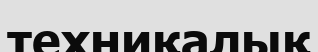
техниқалық